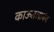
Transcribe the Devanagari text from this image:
काऊतलाबंग